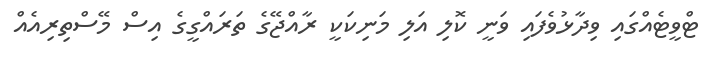
ޓްވީޓެއްގައި ވިދާޅުވެފައި ވަނީ ކޮލި އަލި މަނިކަކީ ރާއްޖޭގެ ތަރައްގީގެ އިސް މޭސްތިރިއެއް